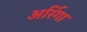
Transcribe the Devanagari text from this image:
अर्रिगा